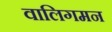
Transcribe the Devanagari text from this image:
वालिगमन